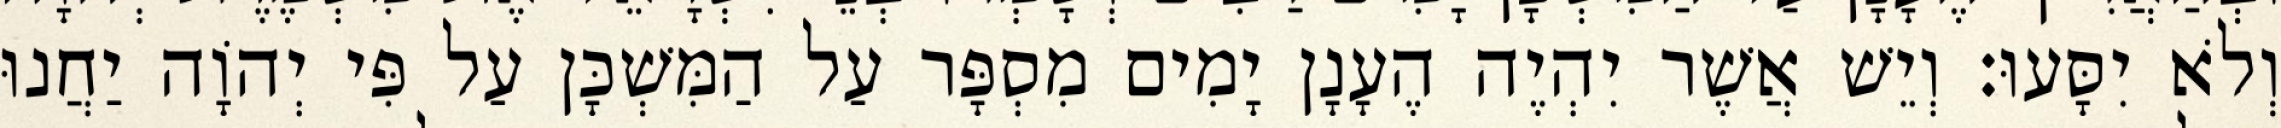
וְלֹא יִסָּעוּ׃ וְיֵשׁ אֲשֶׁר יִהְיֶה הֶעָנָן יָמִים מִסְפָּר עַל הַמִּשְׁכָּן עַל פִּי יְהוָֹה יַחֲנוּ